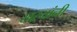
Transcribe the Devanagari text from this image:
खऱ्यांनी